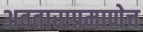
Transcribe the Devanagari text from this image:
अवताराप्रमाणेच